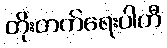
တိုးတက်ရေးပါတီ